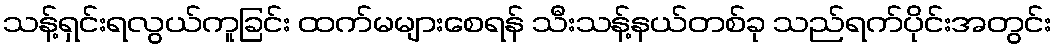
သန့်ရှင်းရလွယ်ကူခြင်း ထက်မများစေရန် သီးသန့်နယ်တစ်ခု သည်ရက်ပိုင်းအတွင်း